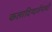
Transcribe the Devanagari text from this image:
कलादिग्दर्शनाची